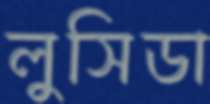
লুসিডা